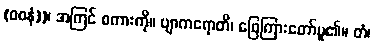
(ဝစနံ))၊ အကြင် စကားကို။ ဗျာကရောတိ၊ ဖြေကြားတော်မူ၏။ တံ၊